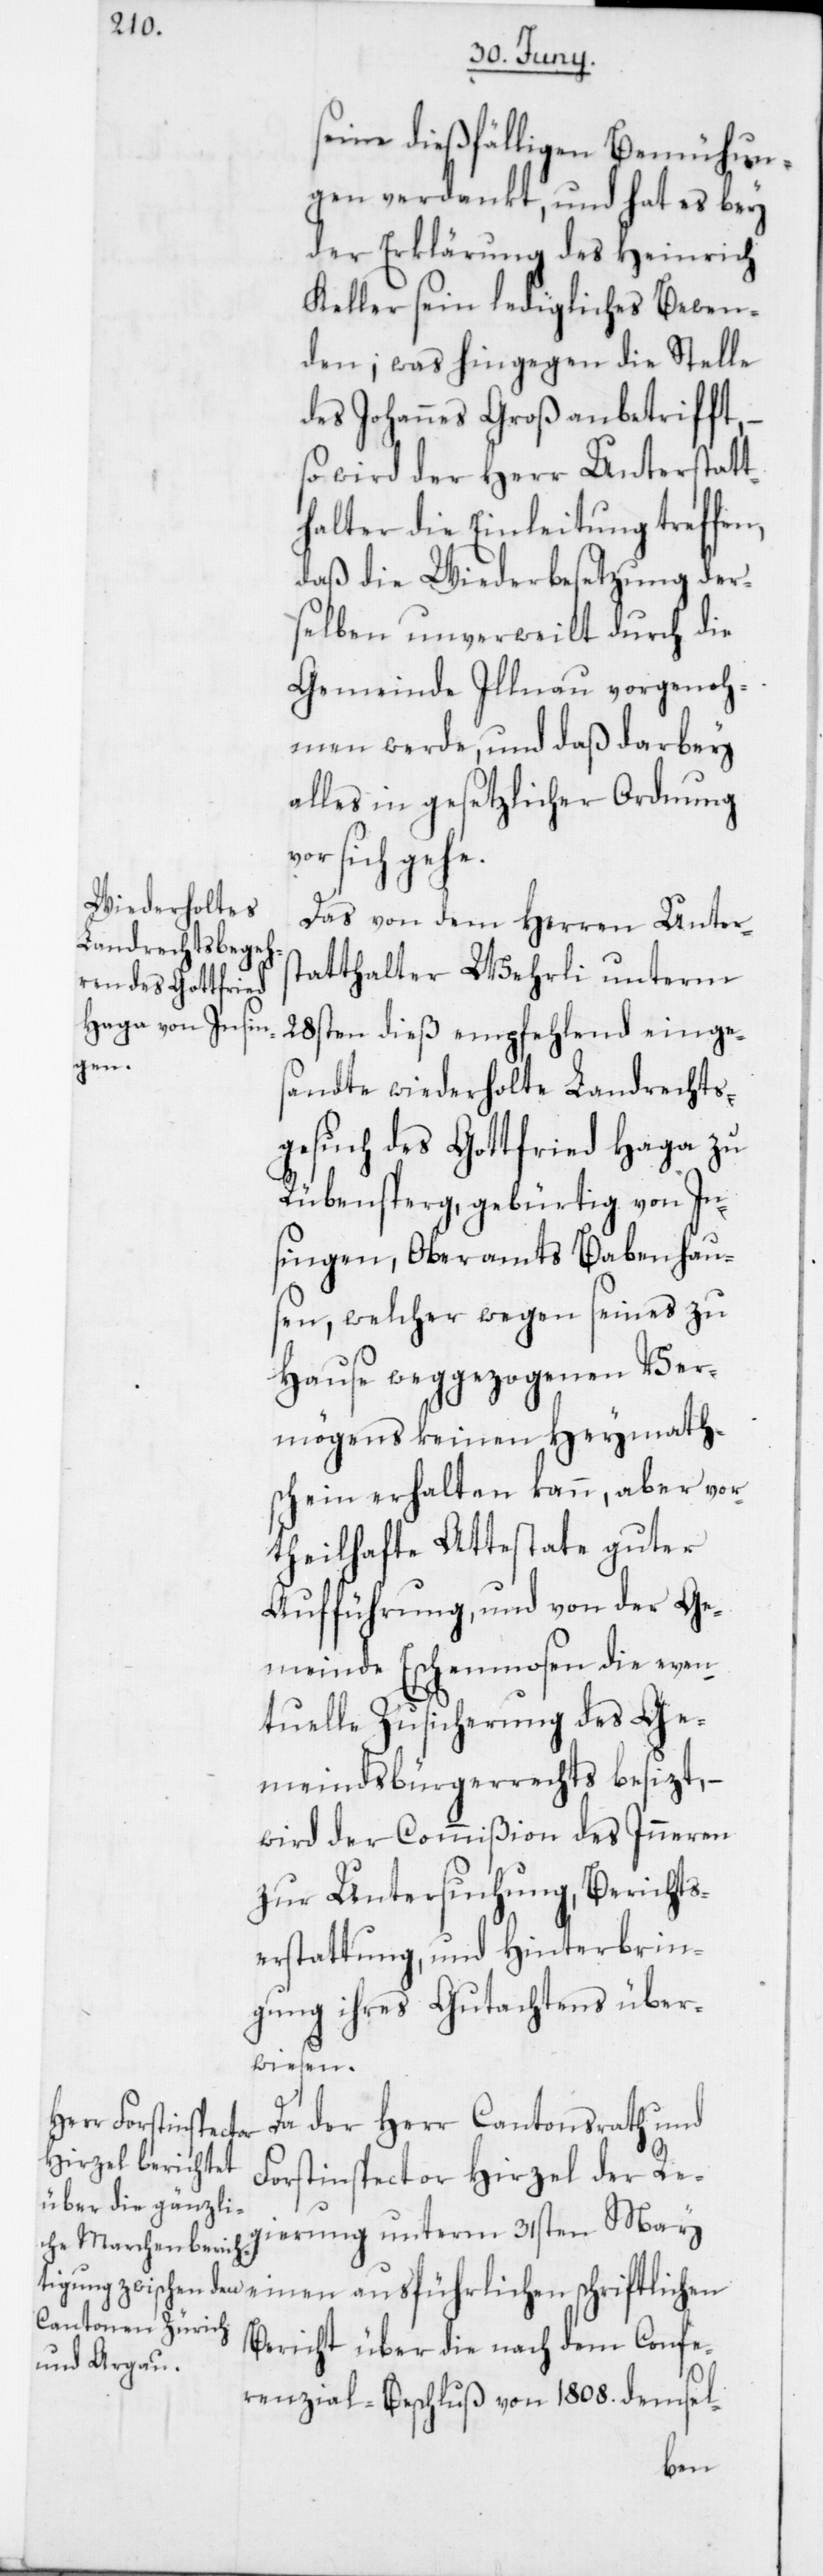
seine dießfälligen Bemühun¬
gen verdankt, und hat es bey
der Erklärung des Heinrich
Keller sein ledigliches Bewen¬
den; was hingegen die Stelle
des Johannes Groß anbetrifft,
so wird der Herr Unterstatt¬
halter die Einleitung treffen,
daß die Wiederbesetzung der¬
selben unverweilt durch die
Gemeinde Illnau vorgenoh¬
men werde, und daß darbey
alles in gesetzlicher Ordnung
sich gehe.
Das von dem Herren Unters¬
tatthalter Wehrli unterm
28sten dieß empfehlend einge¬
sandte wiederholte Landrechts¬
gesuch des Gottfried Haga zu
Rübensperg, gebürtig von In¬
singen, Oberamts Babenhau¬
sen, welcher wegen seines zu
Hause weggezogenen Ver¬
mögens keinen Heymath¬
schein erhalten kann, aber vor¬
theilhafte Attestate guter
Aufführung, und von der Ge¬
meinde Eschenmosen die even¬
tuelle Zusicherung des Ge¬
meindsbürgerrechts besizt, –
wird der Commißion des Inneren
zur Untersuchung, Berichts¬
erstattung und Hinterbrin¬
gung ihres Gutachtens über¬
wiesen.
Da der Herr Cantonsrath und
Forstinspector Hirzel der Re¬
gierung unterm 31sten May
einen ausführlichen schriftlichen
Bericht über die nach dem Confe¬
renzial-Beschluß von 1808. demsel-